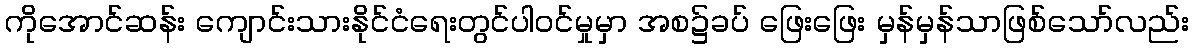
ကိုအောင်ဆန်း ကျောင်းသားနိုင်ငံရေးတွင်ပါဝင်မှုမှာ အစ၌ခပ် ဖြေးဖြေး မှန်မှန်သာဖြစ်သော်လည်း